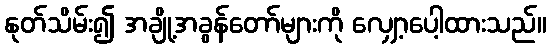
နုတ်သိမ်း၍ အချို့အခွန်တော်များကို လျှော့ပေါ့ထားသည်။